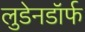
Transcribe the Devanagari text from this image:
लुडेनडॉर्फ